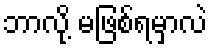
ဘာလို့ မဖြစ်ရမှာလဲ